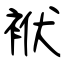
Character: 袱